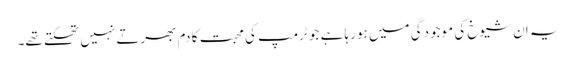
یہ ان شیوخ کی موجودگی میں ہو رہا ہے جو ٹرمپ کی محبت کا دم بھرتے نہیں تھکتے تھے۔